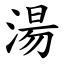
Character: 湯